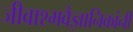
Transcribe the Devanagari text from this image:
जीवाश्मवैज्ञानिकांनी